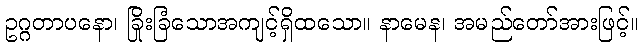
ဥဂ္ဂတာပနော၊ ခြိုးခြံသောအကျင့်ရှိထသော။ နာမေန၊ အမည်တော်အားဖြင့်။